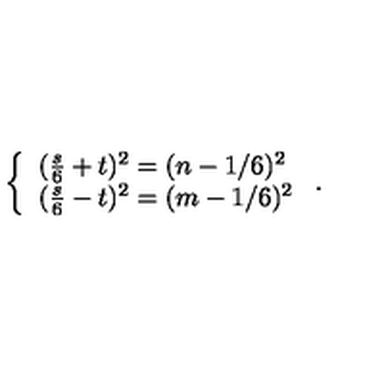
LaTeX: \left\{ \begin{array} { l l } { ( \frac { s } { 6 } + t ) ^ { 2 } = ( n - 1 / 6 ) ^ { 2 } } \\ { ( \frac { s } { 6 } - t ) ^ { 2 } = ( m - 1 / 6 ) ^ { 2 } } \\ \end{array} \right. .